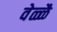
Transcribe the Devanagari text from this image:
वेळ्ळै